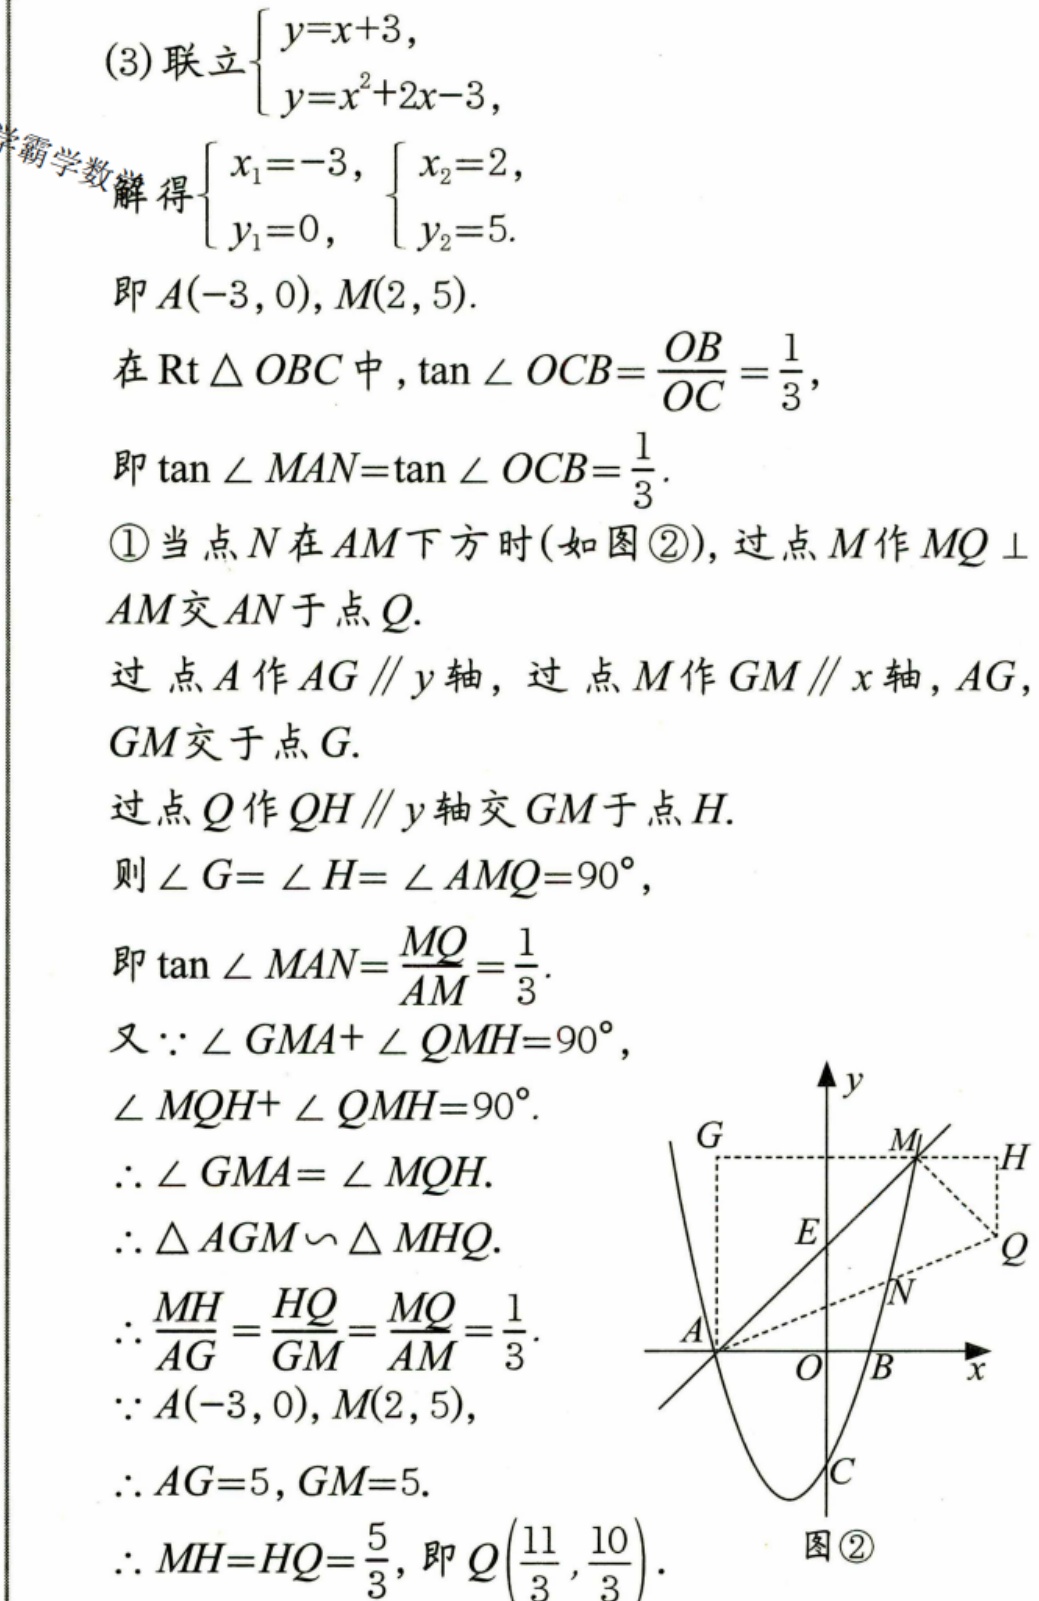
(3) 联立\(\begin{cases}y = x + 3,\\y = x^{2}+2x - 3,\end{cases}\)
解得\(\begin{cases}x_{1}=-3,\\y_{1}=0,\end{cases}\begin{cases}x_{2}=2,\\y_{2}=5.\end{cases}\)
即\(A(-3,0),M(2,5)\).
在\(\text{Rt}\triangle OBC\)中，\(\tan\angle OCB=\frac{OB}{OC}=\frac{1}{3}\)，
即\(\tan\angle MAN = \tan\angle OCB=\frac{1}{3}\).
\textcircled{1}当点\(N\)在\(AM\)下方时(如图\textcircled{2})，过点\(M\)作\(MQ\perp AM\)交\(AN\)于点\(Q\).
过点\(A\)作\(AG\parallel y\)轴，过点\(M\)作\(GM\parallel x\)轴，\(AG\)，\(GM\)交于点\(G\).
过点\(Q\)作\(QH\parallel y\)轴交\(GM\)于点\(H\).
则\(\angle G=\angle H=\angle AMQ = 90^{\circ}\)，
即\(\tan\angle MAN=\frac{MQ}{AM}=\frac{1}{3}\).
又\(\because\angle GMA+\angle QMH = 90^{\circ}\)，\(\angle MQH+\angle QMH = 90^{\circ}\).
\(\therefore\angle GMA=\angle MQH\).
\(\therefore\triangle AGM\backsim\triangle MHQ\).
\(\therefore\frac{MH}{AG}=\frac{HQ}{GM}=\frac{MQ}{AM}=\frac{1}{3}\).
\(\because A(-3,0),M(2,5)\)，
\(\therefore AG = 5,GM = 5\).
\(\therefore MH = HQ=\frac{5}{3}\)，即\(Q(\frac{11}{3},\frac{10}{3})\).